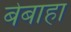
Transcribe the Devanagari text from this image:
बेबाहा